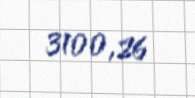
3100,26